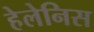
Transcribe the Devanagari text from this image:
हेलेनिस